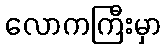
လောကကြီးမှာ